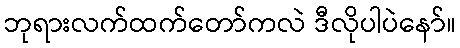
ဘုရားလက်ထက်တော်ကလဲ ဒီလိုပါပဲနော်။